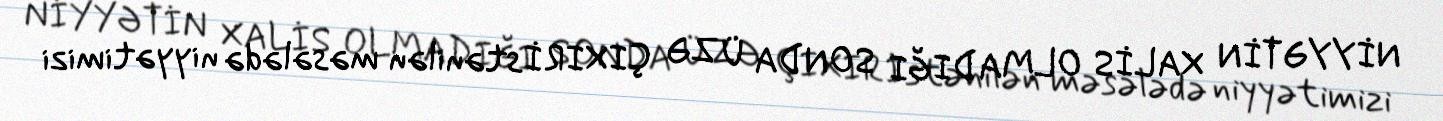
NİYYƏTİN XALİS OLMADIĞI SONDA ÜZƏ ÇIXIRİstənilən məsələdə niyyətimizi